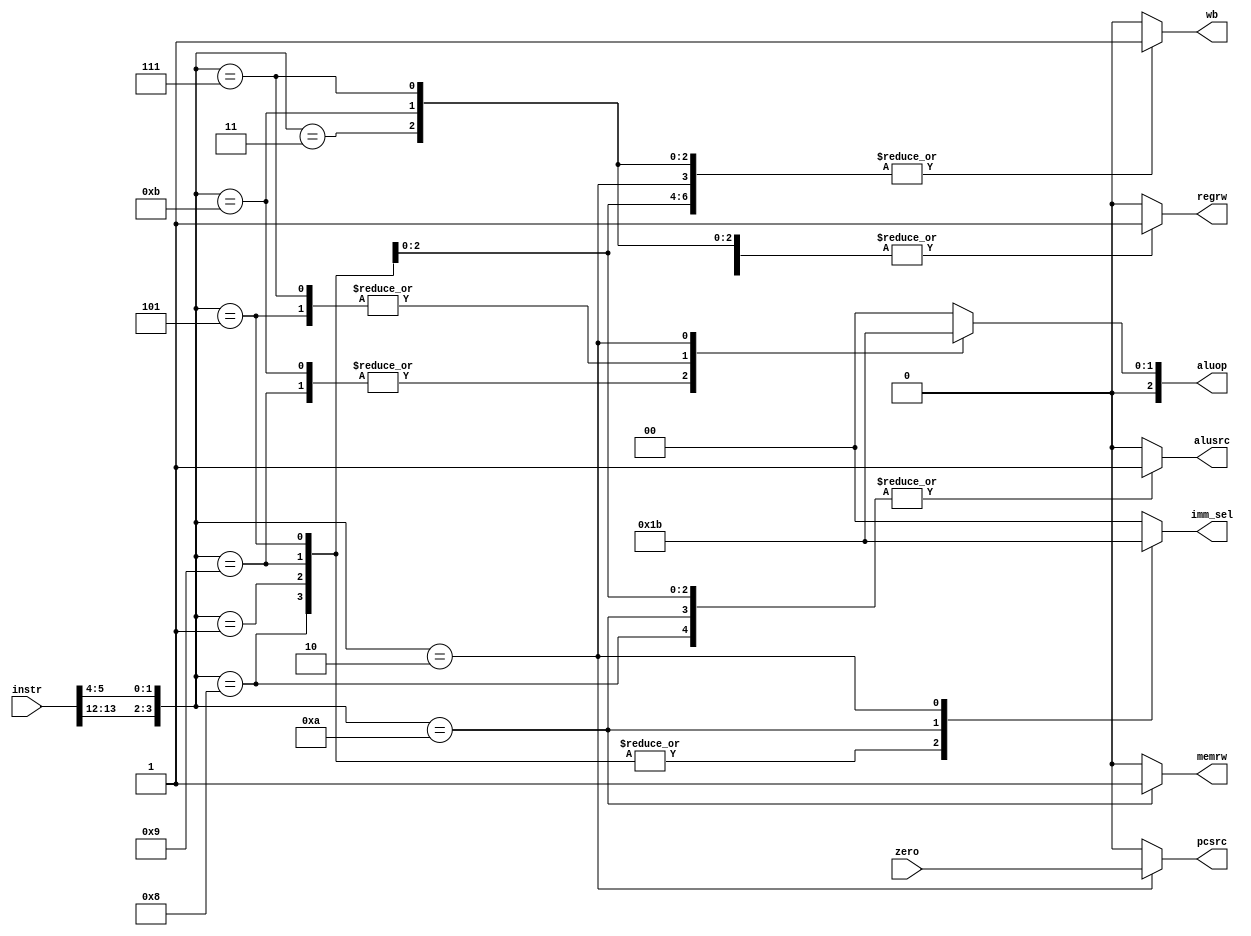
module controlunit (instr, zero, imm_sel, regrw, alusrc, aluop, memrw, pcsrc, wb);

	input  [31:0] instr;
	input zero;
	output reg regrw, alusrc, memrw, pcsrc, wb;
	output reg [1:0] imm_sel;
	output reg [2:0] aluop;
	wire [3:0] opcode;
	
	assign opcode = {{instr[13:12]}, {instr[5:4]}};
	
	always @ (*) begin
		case(opcode)
			4'b0011: begin
				imm_sel = 2'b00;
				alusrc = 1'b0;
				aluop = 3'b000;
				memrw = 1'b0;
				wb = 1'b1;
				pcsrc = 1'b0;
				regrw = 1'b1;
			end
			
			4'b1011: begin
				imm_sel = 2'b00;
				alusrc = 1'b0;
				aluop = 3'b001;
				memrw = 1'b0;
				wb = 1'b1;
				pcsrc = 1'b0;
				regrw = 1'b1;
			end
				
			4'b0111: begin
				imm_sel = 2'b00;
				alusrc = 1'b0;
				aluop = 3'b010;
				memrw = 1'b0;
				wb = 1'b1;
				pcsrc = 1'b0;
				regrw = 1'b1;
			end
			
			4'b0001: begin
				imm_sel = 2'b01;
				alusrc = 1'b1;
				aluop = 3'b000;
				memrw = 1'b0;
				wb = 1'b1;
				pcsrc = 1'b0;
				regrw = 1'b1;
			end
			
			4'b1001: begin
				imm_sel = 2'b01;
				alusrc = 1'b1;
				aluop = 3'b001;
				memrw = 1'b0;
				wb = 1'b1;
				pcsrc = 1'b0;
				regrw = 1'b1;
			end
				
			4'b0101: begin
				imm_sel = 2'b01;
				alusrc = 1'b1;
				aluop = 3'b010;
				memrw = 1'b0;
				wb = 1'b1;
				pcsrc = 1'b0;
				regrw = 1'b1;
			end
				
			4'b1000: begin
				imm_sel = 2'b01;
				alusrc = 1'b1;
				aluop = 3'b000;
				memrw = 1'b0;
				wb = 1'b0;
				pcsrc = 1'b0;
				regrw = 1'b1;
			end
			
			4'b1010: begin
				imm_sel = 2'b10;
				alusrc = 1'b1;
				aluop = 3'b000;
				memrw = 1'b1;
				wb = 1'b0;
				pcsrc = 1'b0;
				regrw = 1'b0;
			end
				
			4'b0010: begin
				imm_sel = 2'b11;
				alusrc = 1'b0;
				aluop = 3'b011;
				memrw = 1'b0;
				wb = 1'b1;
				pcsrc = zero;
				regrw = 1'b0;
			end
			
			default: begin
				imm_sel = 2'b00;
				alusrc = 1'b0;
				aluop = 3'b000;
				memrw = 1'b0;
				wb = 1'b0;
				pcsrc = 1'b0;
				regrw = 1'b0;
			end
				
		endcase
	end
 
endmodule